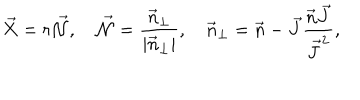
\vec { X } = r \vec { \cal N } , \quad \vec { \cal N } = \frac { \vec { n } _ { \perp } } { | \vec { n } _ { \perp } | } , \quad \vec { n } _ { \perp } = \vec { n } - \vec { J } \frac { \vec { n } \vec { J } } { \vec { J } ^ { 2 } } ,